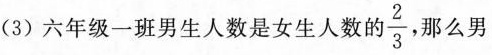
(3)六年级一班男生人数是女生人数的 \frac{2}{3}，那么男